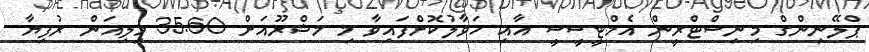
ޕްލޭނިންގް މިނިސްޓްރީން އެމްޓީސީސީ އާއި ހަވާލުކޮށްފައިވާ މި މަޝްރޫއަށް 35.60 މިލިއަން ރުފިޔާ